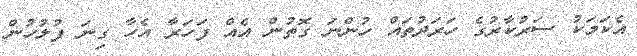
އެކަމަކު ސަރުކާރުގެ ހަރަދުތައް ހުންނަ ގޮތުން އެއް ފަހަރާ އެހާ ގިނަ ފުލުހުން